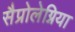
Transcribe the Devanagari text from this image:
सैप्रोलेग्निया